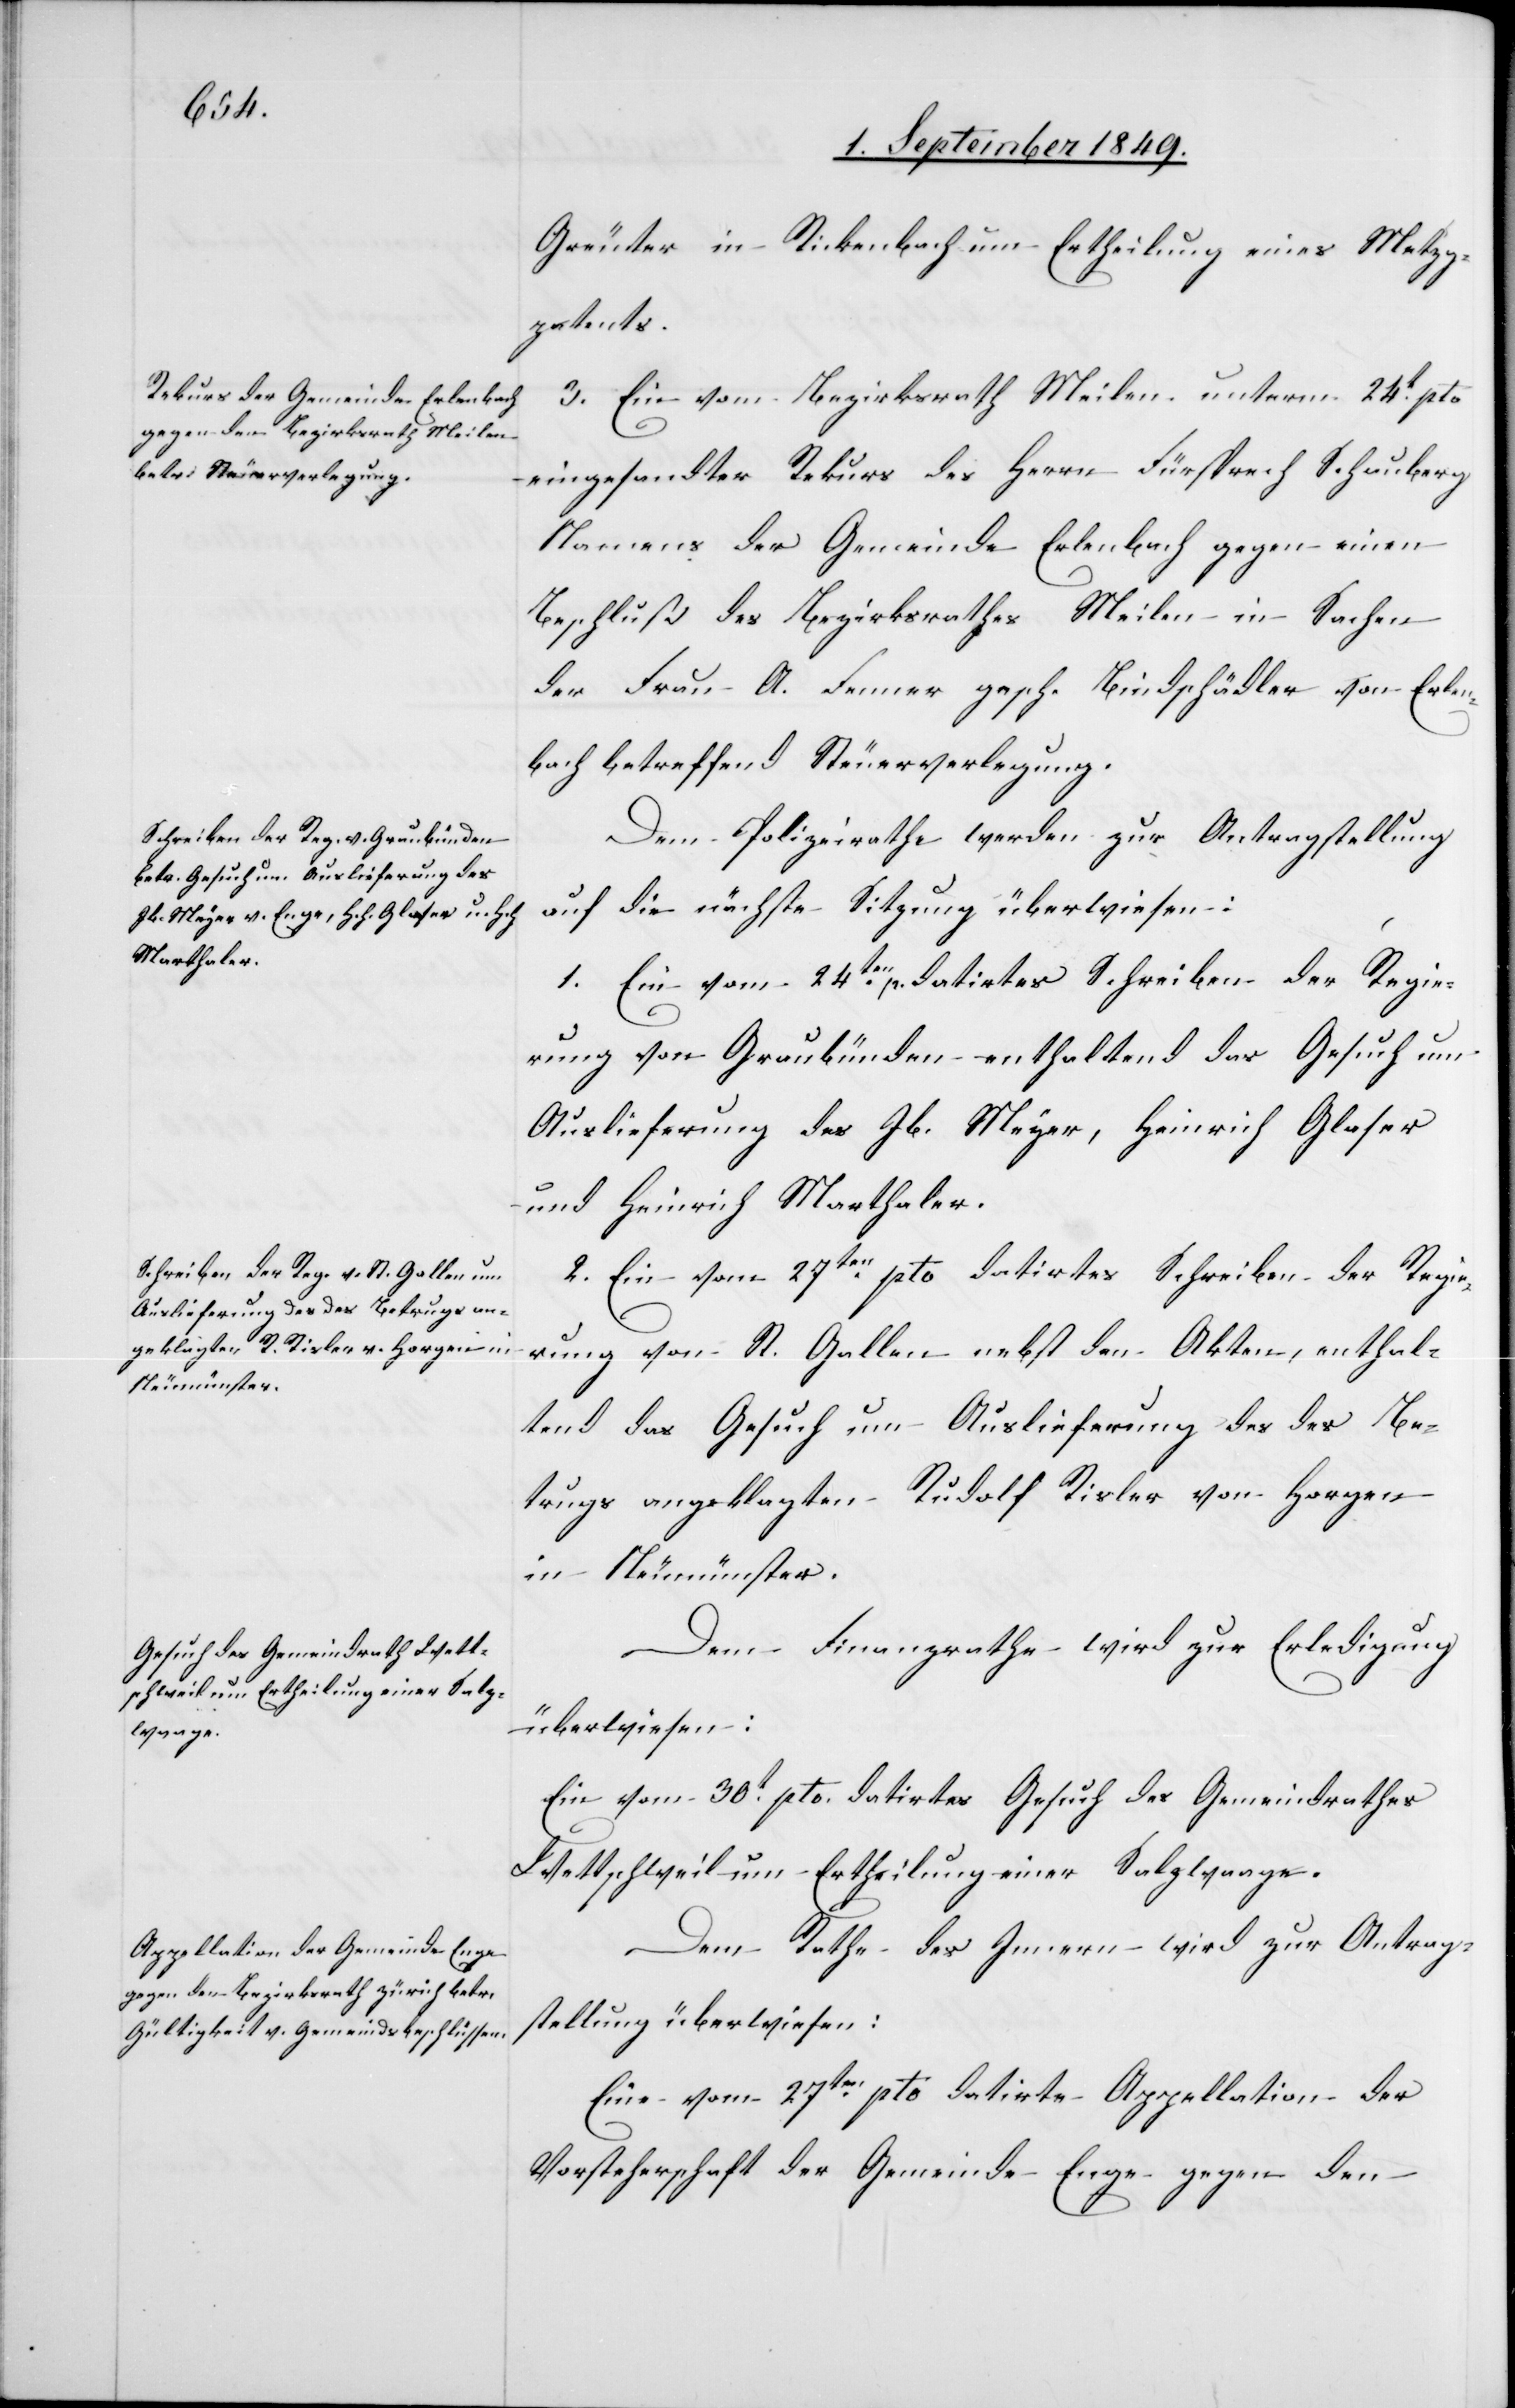
Greuter in Rickenbach um Ertheilung eines Metz¬
gpatents.
3. Ein vom Bezirksrath Meilen unterm 24t pto
eingesandter Rekurs des Herrn Fürsprech Schauberg
Namens der Gemeinde Erlenbach gegen einen
Beschluß des Bezirksrathes Meilen in Sachen
der Frau A. Fenner gesch. Bindschädler von Erlen¬
bach betreffend Steuerverlegung.
Dem Polizeirathe werden zur Antragstellung
auf die nächste Sitzung überwiesen:
1. Ein vom 24ten p. datirtes Schreiben der Regie¬
rung von Graubünden enthaltend das Gesuch um
Auslieferung des Jb. Meyer, Heinrich Glaser
und Heinrich Marthaler.
2. Ein vom 27ten pto datirtes Schreiben der Regie¬
rung von St. Gallen nebst den Akten, enthal¬
tend das Gesuch um Auslieferung des des Be¬
trugs angeklagten Rudolf Risler von Horgen
in Neumünster.
Dem Finanzrathe wird zur Erledigung
überwiesen:
Ein vom 30t pto. datirtes Gesuch des Gemeindrathes
Wettschweil um Ertheilung einer Salzwaage.
Dem Rathe des Innern wird zur Antrag¬
stellung überwiesen:
Eine vom 27ten pto datirte Appellation der
Vorsteherschaft der Gemeinde Enge gegen den